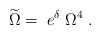
\begin{align*}\widetilde{\Omega }=\;e^\delta \;\Omega ^4\;. \end{align*}